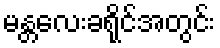
မန္တလေးခရိုင်အတွင်း